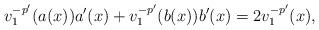
LaTeX: \begin{align*}v_1^{-p'}(a(x))a'(x)+v_1^{-p'}(b(x))b'(x)= 2v_1^{-p'}(x),\end{align*}